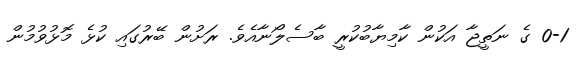
0-1 ގެ ނަތީޖާ އަކުން ކާމިޔާބުކުރީ ބާސެލޯނާއެވެ. ރަށުން ބޭރުގައި ކުޅެ މޮޅުވުމުން